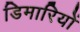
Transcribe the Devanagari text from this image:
डिमारियों